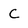
Character: C